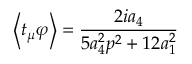
\left\langle t _ { \mu } \varphi \right\rangle = \frac { 2 i a _ { 4 } } { 5 a _ { 4 } ^ { 2 } p ^ { 2 } + 1 2 a _ { 1 } ^ { 2 } }